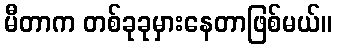
မီတာက တစ်ခုခုမှားနေတာဖြစ်မယ်။